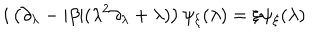
LaTeX: i \left( \partial _ { \lambda } - \vert \beta \vert ( \lambda ^ { 2 } \partial _ { \lambda } + \lambda ) \right) \psi _ { \xi } ( \lambda ) = \xi \psi _ { \xi } ( \lambda )